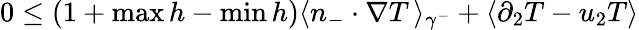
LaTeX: \begin{array}{r}{0\leq(1+\operatorname*{max}h-\operatorname*{min}h)\langle n_{-}\cdot\nabla T\, \rangle_{\gamma^{-}}+\langle\partial_{2}T-u_{2}T\rangle}\end{array}